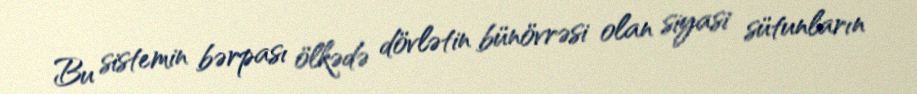
Bu sistemin bərpası ölkədə dövlətin bünövrəsi olan siyasi sütunların